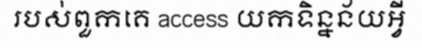
របស់ពួកគេ access យកទិន្នន័យអ្វី